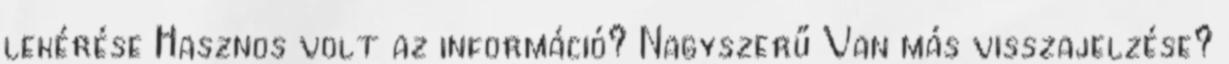
lekérése Hasznos volt az információ? Nagyszerű Van más visszajelzése?